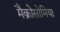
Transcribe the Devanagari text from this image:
मैक्रोसोमिया